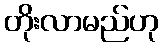
တိုးလာမည်ဟု